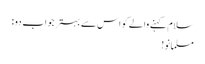
سلام کہنے والے کو اس سے بہتر جواب دو :
مسلمانو!